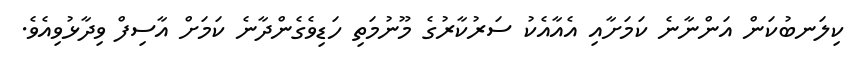
ކިލަނބުކަން އަންނާނެ ކަމަށާއި އެއާއެކު ސަރުކާރުގެ މޫނުމަތި ހަޑިވެގެންދާނެ ކަމަށް އާސިފް ވިދާޅުވިއެވެ.